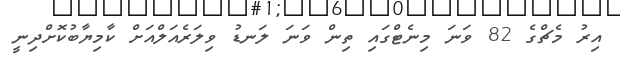
އިރު މެޗްގެ 82 ވަނަ މިނެޓްގައި ތިން ވަނަ ލަނޑު ވިލަރެއަލްއަށް ކާމިޔާބުކޮށްދިނީ